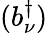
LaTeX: (b_{\nu}^{\dagger})